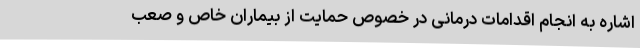
اشاره به انجام اقدامات درمانی در خصوص حمایت از بیماران خاص و صعب‌